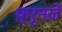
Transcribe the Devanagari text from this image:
फ़्रूनज़े